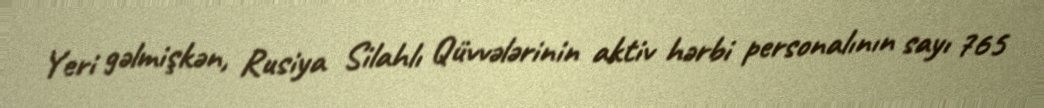
Yeri gəlmişkən, Rusiya Silahlı Qüvvələrinin aktiv hərbi personalının sayı 765